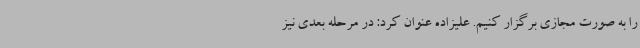
را به صورت مجازی برگزار کنیم. علیزاده عنوان کرد: در مرحله بعدی نیز